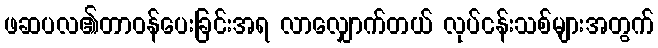
ဖဆပလ၏တာဝန်ပေးခြင်းအရ လာလျှောက်တယ် လုပ်ငန်းသစ်များအတွက်